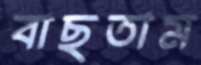
বাছতাম